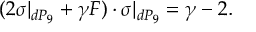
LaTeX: ( 2 \sigma | _ { d P _ { 9 } } + \gamma F ) \cdot \sigma | _ { d P _ { 9 } } = \gamma - 2 .